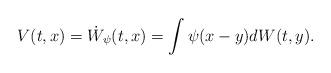
LaTeX: \begin{align*}V(t,x)=\dot{W}_\psi(t,x)=\int\psi(x-y) dW(t,y).\end{align*}